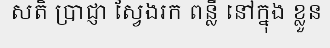
សតិ ប្រាជ្ញា ស្វែងរក ពន្លឺ នៅក្នុង ខ្លួន